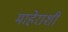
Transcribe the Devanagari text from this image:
माहेराशी